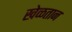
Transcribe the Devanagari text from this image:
खेळतान